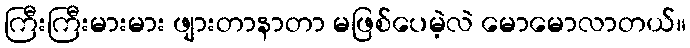
ကြီးကြီးမားမား ဖျားတာနာတာ မဖြစ်ပေမဲ့လဲ မောမောလာတယ်။